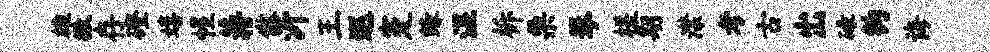
雄撤存磴嬉惺蒋傲沂王巡蹇缘湿柝栗琴槎期潸考古出碌钩诲